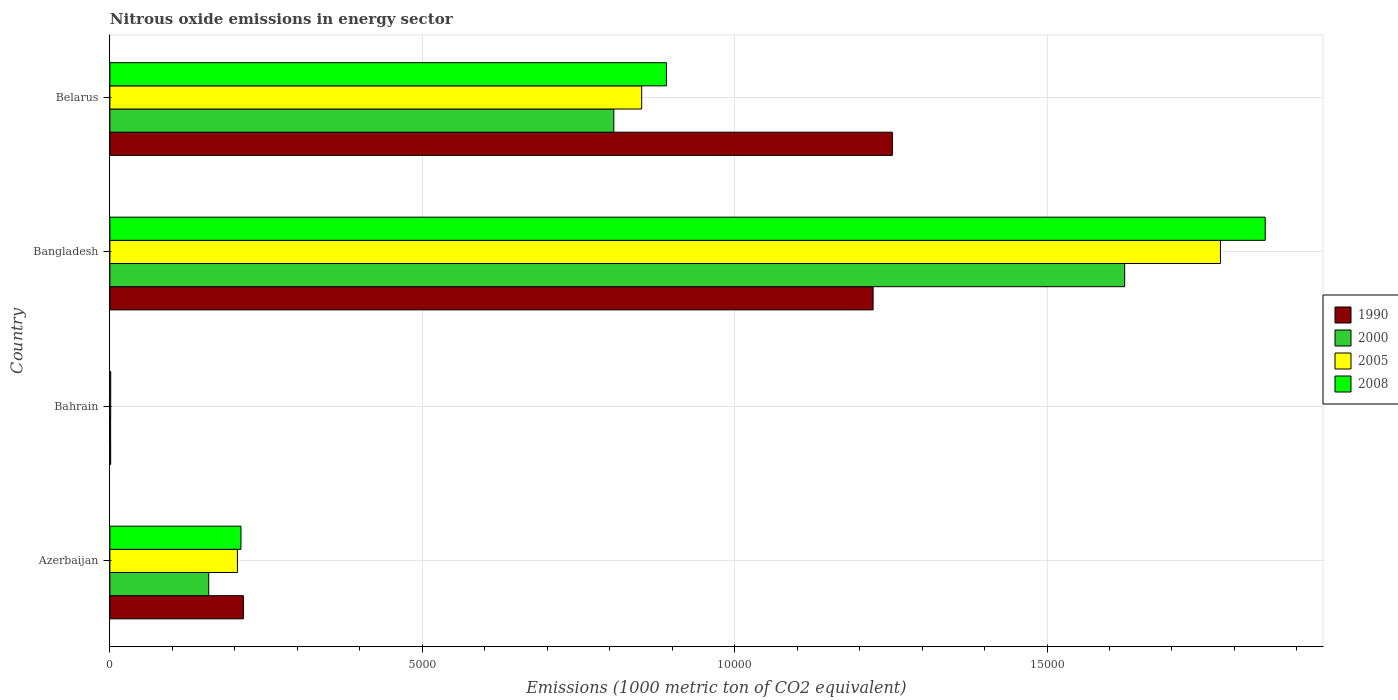
| Country | 1990 | 2000 | 2005 | 2008 |
 | --- | --- | --- | --- | --- |
 | Azerbaijan | 2.14e+03 | 1.58e+03 | 2.04e+03 | 2.1e+03 |
 | Bahrain | 12.5 | 11.8 | 13.1 | 13.6 |
 | Bangladesh | 1.22e+04 | 1.62e+04 | 1.78e+04 | 1.85e+04 |
 | Belarus | 1.25e+04 | 8.07e+03 | 8.51e+03 | 8.91e+03 |